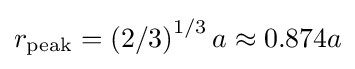
r_{\text{peak}}=\left(2/3\right)^{1/3}a\approx 0.874a